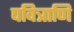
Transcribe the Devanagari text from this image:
पवित्राणि